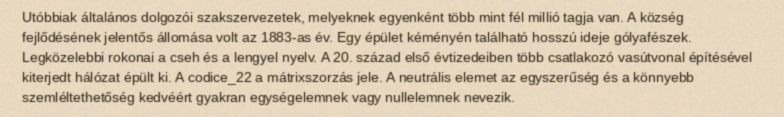
Utóbbiak általános dolgozói szakszervezetek, melyeknek egyenként több mint fél millió tagja van. A község fejlődésének jelentős állomása volt az 1883-as év. Egy épület kéményén található hosszú ideje gólyafészek. Legközelebbi rokonai a cseh és a lengyel nyelv. A 20. század első évtizedeiben több csatlakozó vasútvonal építésével kiterjedt hálózat épült ki. A codice_22 a mátrixszorzás jele. A neutrális elemet az egyszerűség és a könnyebb szemléltethetőség kedvéért gyakran egységelemnek vagy nullelemnek nevezik.